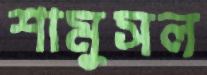
শামুসল